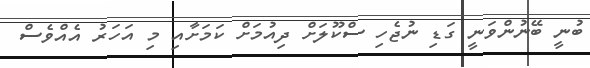
ބުނީ ބޭނުންވަނީ ގަޑި ނުޖެހި ސްކޫލަށް ދިއުމަށް ކަމަށާއި މި އަހަރު އެއްވެސް